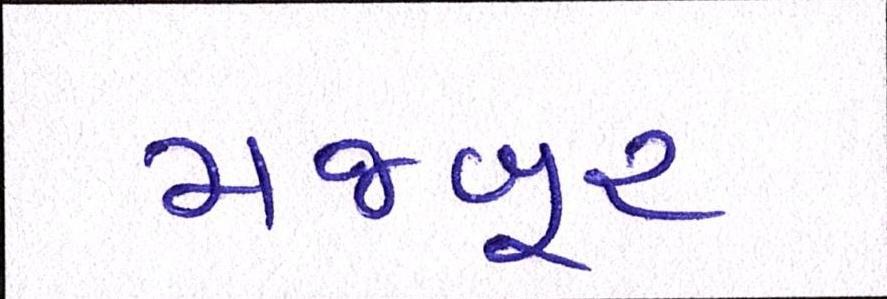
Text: મજબૂર